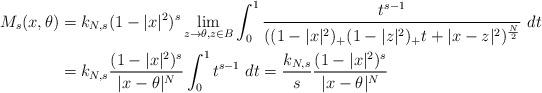
LaTeX: \begin{align*}M_s(x,\theta)&=k_{N,s}(1-|x|^2)^s\lim_{z\to\theta,z\in B}\int_0^1 \frac{t^{s-1}}{((1-|x|^2)_+(1-|z|^2)_+ t +|x-z|^2)^{\frac{N}{2}}}\ dt\\&=k_{N,s}\frac{(1-|x|^2)^s}{|x-\theta|^{N}}\int_0^1 t^{s-1}\ dt=\frac{k_{N,s}}{s}\frac{(1-|x|^2)^s}{|x-\theta|^{N}}\end{align*}